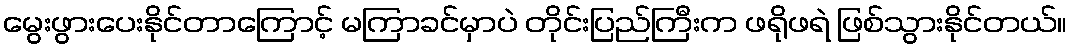
မွေးဖွားပေးနိုင်တာကြောင့် မကြာခင်မှာပဲ တိုင်းပြည်ကြီးက ဖရိုဖရဲ ဖြစ်သွားနိုင်တယ်။